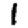
Digit: 1